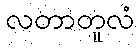
လတာတူလံ